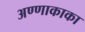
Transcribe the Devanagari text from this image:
अण्णाकाका